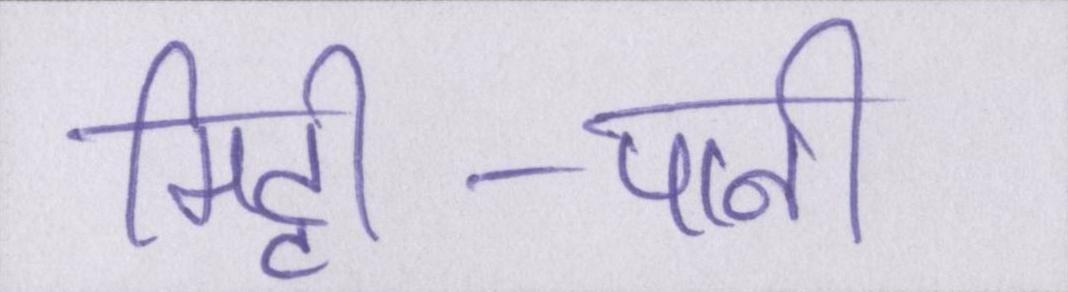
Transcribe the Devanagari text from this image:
मिट्टी-पानी